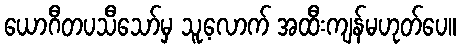
ယောဂီတပသီသော်မှ သူ့လောက် အထီးကျန်မဟုတ်ပေ။